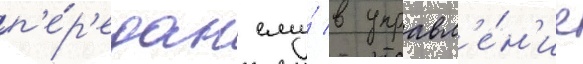
п'е́р'едан ему́ в управл'е́н'ие